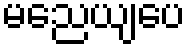
မညေယျပေ